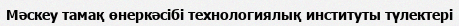
Мәскеу тамақ өнеркәсібі технологиялық институты түлектері